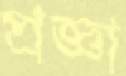
প্রজ্ঞা